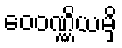
ဝေဝဏ္ဏိယမှိ